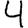
Digit: 4